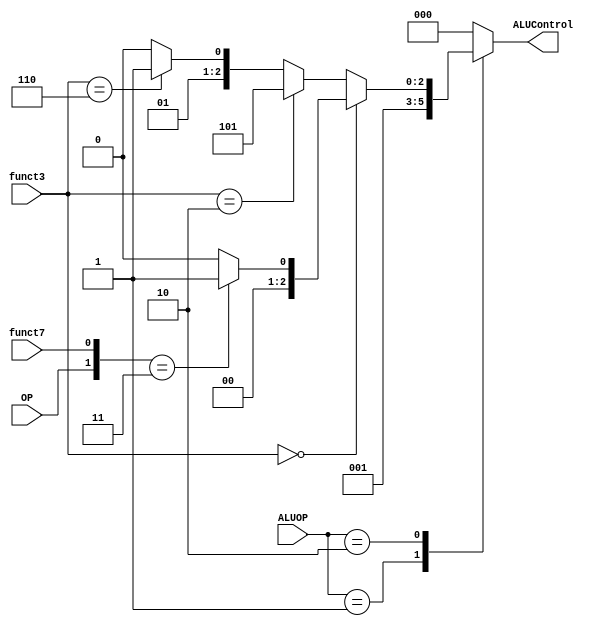

//***************  ALU DECODER Module  ***************//



module ALU_Decoder 
 (


  
  input   wire    [2:0]     funct3,
  input   wire              funct7,
  input   wire    [1:0]     ALUOP,
  input   wire              OP,
  output  reg     [2:0]     ALUControl
  
 );

 //*************** internal signals ***************//


  



  parameter   [2:0]      add           = 3'b000,
                         sub           = 3'b001,
					          less_than     = 3'b101,
					          OR            = 3'b011,
                         AND           = 3'b010;

  //*************** monitore the change if inputs ***************//
  
  always@(*)
  begin
    case(ALUOP)

      2'b00: begin
             ALUControl = add;
             end 
      2'b01: begin
             ALUControl = sub;
             end
      2'b10: begin
             if (funct3 == 3'b000)
                begin
                if( {OP,funct7} == 2'b11 )
                begin
                ALUControl = sub;
                end
                else
                begin
                ALUControl = add;
                end
                end

             else if (funct3 == 3'b010)
                begin
                ALUControl = less_than;
                end
             else if (funct3 == 3'b110)
                begin
                ALUControl = OR;
                end
             else /* condition */
                begin
                ALUControl = AND;
                end
             end
    default: begin
             ALUControl = add;
             end 
   endcase
 end     
 
 
endmodule